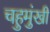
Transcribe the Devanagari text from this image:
चहुमुंखी